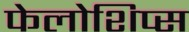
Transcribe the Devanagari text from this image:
फेलोशिप्स